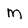
Character: M